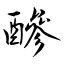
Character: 醦